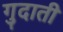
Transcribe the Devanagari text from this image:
गुदाती